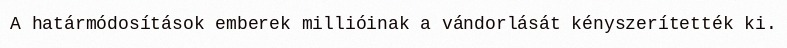
A határmódosítások emberek millióinak a vándorlását kényszerítették ki.